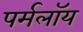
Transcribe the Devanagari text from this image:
पर्मलॉय